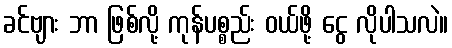
ခင်ဗျား ဘာ ဖြစ်လို့ ကုန်ပစ္စည်း ဝယ်ဖို့ ငွေ လိုပါသလဲ။